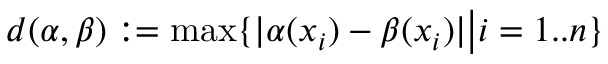
d ( \alpha , \beta ) : = \operatorname* { m a x } \{ | \alpha ( x _ { i } ) - \beta ( x _ { i } ) | { \bigl \vert } i = 1 . . n \}